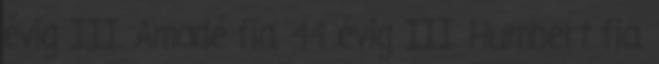
évig III. Amadé fia. 44 évig III. Humbert fia.